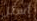
أسئل